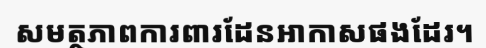
សមត្ថភាពការពារដែនអាកាសផងដែរ។